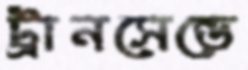
ট্রানসেন্ডে